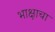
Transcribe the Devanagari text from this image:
भाक्षाचा